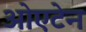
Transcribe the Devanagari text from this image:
ओएटेन